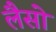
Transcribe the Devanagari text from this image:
लैसो